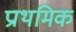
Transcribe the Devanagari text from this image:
प्राथमिक